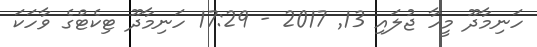
ހަނިމާދޫ މީހާ ޖުލައި 13